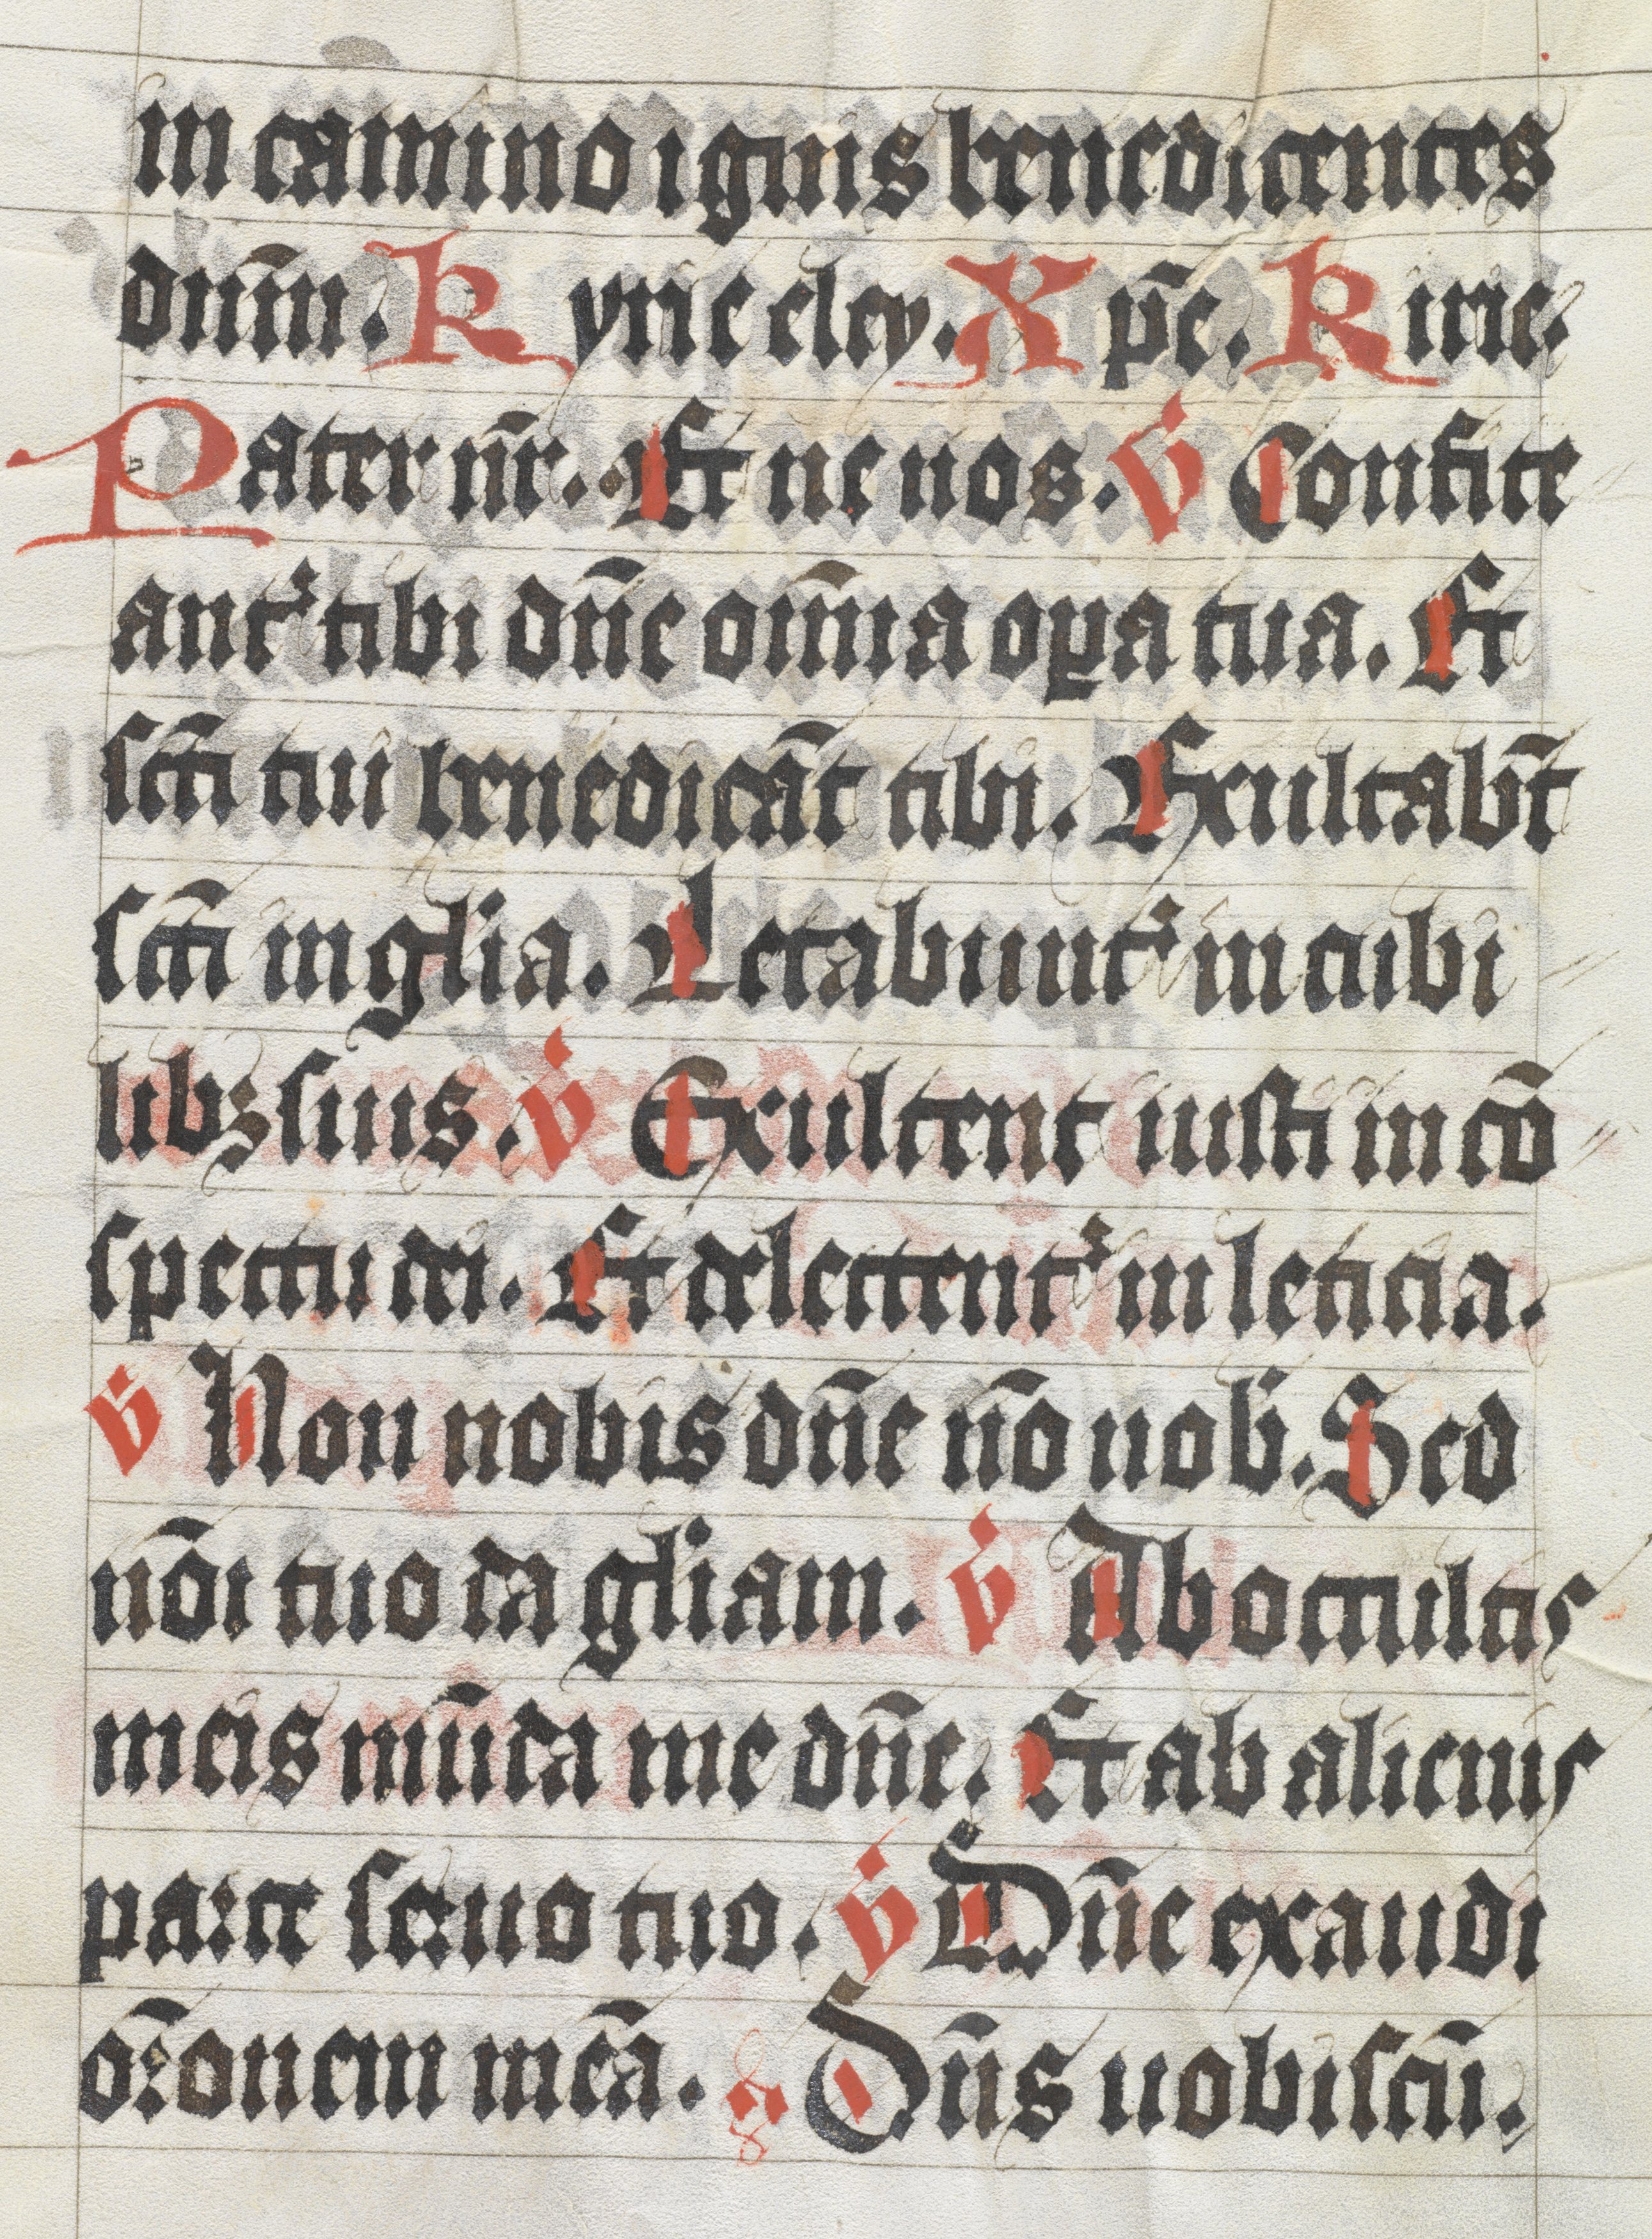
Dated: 1400–1499